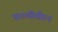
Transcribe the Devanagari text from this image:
पारुथीवीरन